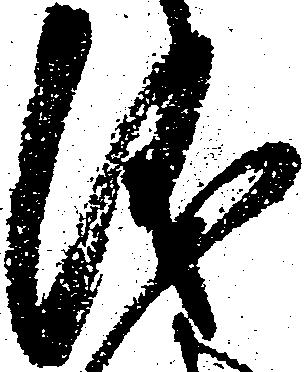
儀